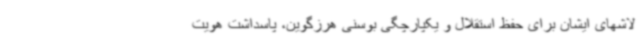
لاشهای ایشان برای حفظ استقلال و یکپارچگی بوسنی هرزگوین، پاسداشت هویت